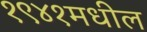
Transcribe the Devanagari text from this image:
१९४१मधील